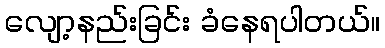
လျော့နည်းခြင်း ခံနေရပါတယ်။